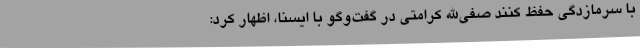
با سرمازدگی حفظ کنند صفی‌الله کرامتی در گفت‌وگو با ایسنا، اظهار کرد: